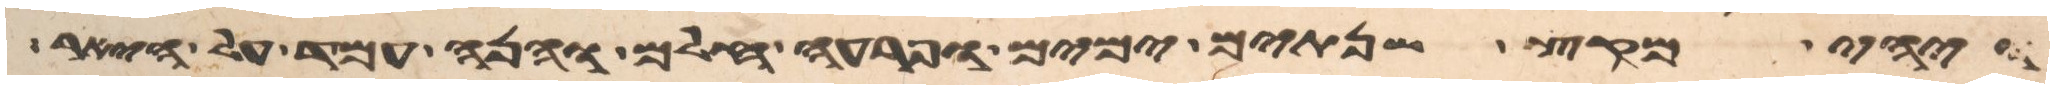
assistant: ויהי מקץ שנתים ימים ופרעה חלם והנה עמד על היאר